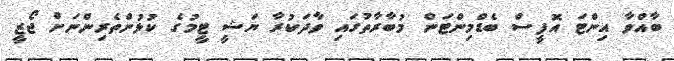
ބާއްވާ އިންޓަ އޮފީސް ބެޑްމިންޓަން މުބާރާތުގައި ވާދަކުރާ ޔަޝީ ޓީމުގެ ކުޅުންތެރިންނަށް ޖޯޒީ